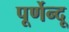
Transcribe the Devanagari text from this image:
पूर्णेन्दू